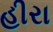
હીરા